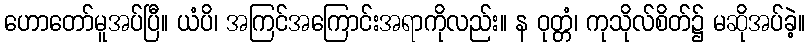
ဟောတော်မူအပ်ပြီ။ ယံပိ၊ အကြင်အကြောင်းအရာကိုလည်း။ န ဝုတ္တံ၊ ကုသိုလ်စိတ်၌ မဆိုအပ်ခဲ့။